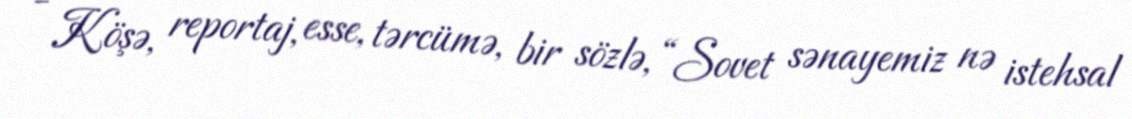
- Köşə, reportaj, esse, tərcümə, bir sözlə, “Sovet sənayemiz nə istehsal